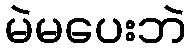
မဲမပေးဘဲ